Report on the bubonic plague in Bombay, 1896-1897
Year: 1896
Disease focus: Plague
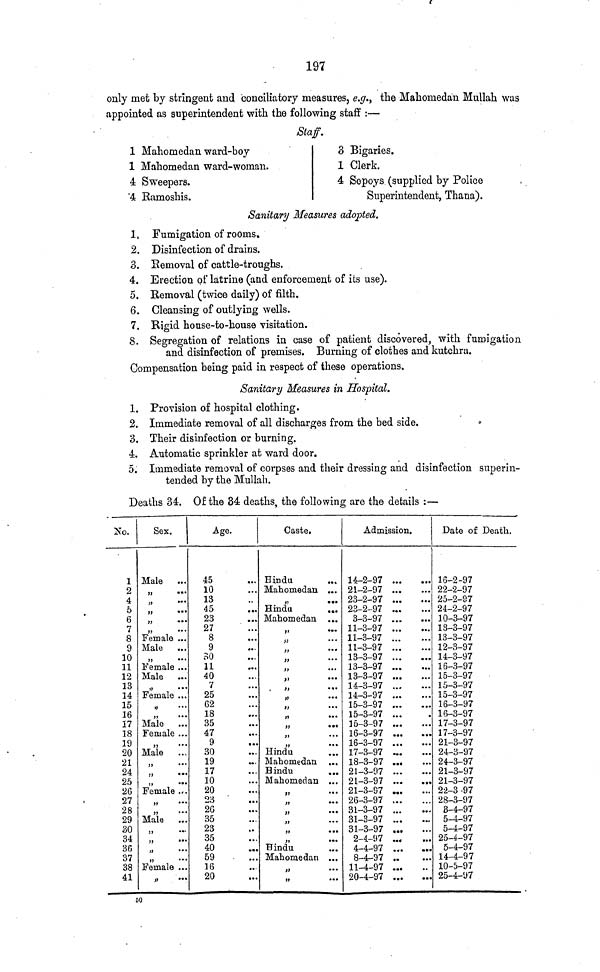
197
only met by stringent and conciliatory measures, e.g., the Mahomedan Mullah was
appointed as superintendent with the following staff :—
Staff.
1 Mahomedan ward-boy
1 Mahomedan ward-woman.
4 Sweepers.
4 Ramoshis.
3 Bigaries.
1 Clerk.
4 Sepoys (supplied by Police
Superintendent, Thana).
Sanitary Measures adopted.
1. Fumigation of rooms.
2. Disinfection of drains.
3. Removal of cattle-troughs.
4. Erection of latrine (and enforcement of its use).
5. Removal (twice daily) of filth.
6. Cleansing of outlying wells.
7. Rigid house-to-house visitation.
8. Segregation of relations in case of patient discovered, with fumigation
and disinfection of premises. Burning of clothes and kutchra.
Compensation being paid in respect of these operations.
Sanitary Measures in Hospital.
1. Provision of hospital clothing.
2. Immediate removal of all discharges from the bed side.
3. Their disinfection or burning.
4. Automatic sprinkler at ward door.
5. Immediate removal of corpses and their dressing and disinfection superin-
tended by the Mullah.
Deaths 34. Of the 34 deaths, the following are the details :—
No.
1
2
4
5
6
7
8
9
10
11
12
13
14
15
16
17
18
19
20
21
24
25
26
27
28
29
30
34
36
37
38
41
Sex.
Male
..
...
.
,
.
Female .
Male
»
•
Female .
Male
»
•
Female .
D
»
,,
•
Male
Female .
»
•
Male
»
...
»
*
,,
•
Female .
»
•
»
•
Male
,,
...
»
•
,,
•
»
•
Female .
»
•
Age.
45
10
13
45
23
27
8
9
30
11
40
7
25
62
18
35
47
9
30
19
17
10
20
23
26
35
23
35
40
59
16
20
Caste.
Hindu
Mahomedan
Hindu
..
Mahomedan
..
,,
...
,,
...
,,
...
,,
•
>
•
>
«
,,
.
»
*
,,
•
,,
...
,,
•
,,
•
,,
•
Hindu
Mahomedan
Hindu
Mahomedan
»
•
>t
*
,,
...
»
•
»
•
,,
•
Hindu
Mahomedan
»
*
»
•
Admission.
14-2-97 ...
21-2-97 ...
23-2-97 ...
23-2-97 ...
3-3-97 ..
11-3-97 ..
11-3-97 ..
11-3-97 ..
13-3-97 ..
13-3-97 ..
13-3-97 .
14-3-97 ..
14-3-97 ..
15-3-97 ..
15-3-97 ..
15-3-97 ..
16-3-97 ..
16-3-97 ..
17-3-97 ..
18-3-97 ..
21-3-97 ..
21-3-97 ..
21-3-97 ..
26-3-97 ..
31-3-97 ..
31-3-97 ..
31-3-97 ..
2-4-97 ..
4-4-97 ..
8-4-97 ..
11-4-97 ...
20-4-97 ...
Date of Death.
16-2-97
22-2-97
25-2-97
24-2-97
10-3-97
13-3-97
13-3-97
12-3-97
14-3-97
16-3-97
15-3-97
15-3-97
15-3-97
16-3-97
16-3-97
17-3-97
17-3-97
21-3-97
24-3-97
24-3-97
21-3-97
21-3-97
22-3 -97
28-3-97
8-4-97
5-4-97
5-4-97
25-4-97
5-4-97
14-4-97
10-5-97
25-4-97
50